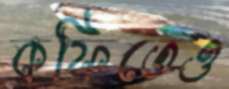
কফিতেও